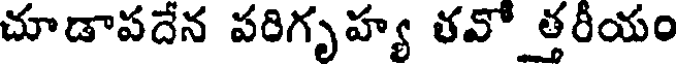
చూడాపదేన పరిగృహ్య తవో త్తరీయం